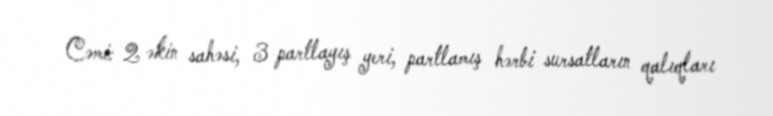
Cəmi: 2 əkin sahəsi, 3 partlayış yeri, partlamış hərbi sursatların qalıqları